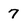
Character: 7